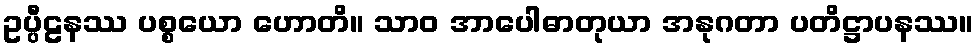
ဥပ္ပီဠနဿ ပစ္စယော ဟောတိ။ သာဝ အာပေါဓာတုယာ အနုဂတာ ပတိဋ္ဌာပနဿ။